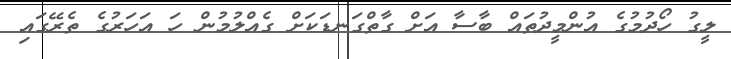
ލީގު ހޯދުމުގެ އުންމީދުތައް ބާސާ އަށް ގާތްގަނޑަކަށް ގެއްލުމުން ހަ އަހަރުގެ ތެރޭގައި